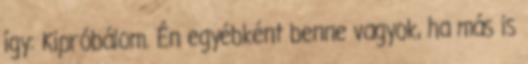
így: Kipróbálom. Én egyébként benne vagyok, ha más is